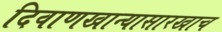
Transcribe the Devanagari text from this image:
दिवाणखान्यासारखाच